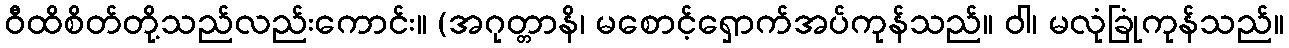
ဝီထိစိတ်တို့သည်လည်းကောင်း။ (အဂုတ္တာနိ၊ မစောင့်ရှောက်အပ်ကုန်သည်။ ဝါ၊ မလုံခြုံကုန်သည်။